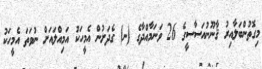
މިގޮތުންބަލާއިރު ޤާނޫނުއަސާސީގެ 26 ވަނަމާއްދާގެ (ނ) ގެދަށުން އެމީހަކު އަމިއްލައަށް ނުވަތަ އެމީހަކު